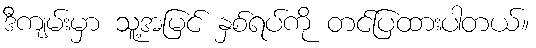
ဒီကျမ်းမှာ သူ့အမြင် နှစ်ရပ်ကို တင်ပြထားပါတယ်။